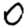
Digit: 0